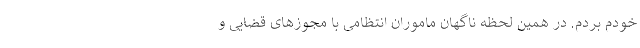
خودم بردم. در همین لحظه ناگهان ماموران انتظامی با مجوز‌های قضایی و